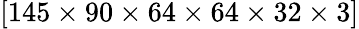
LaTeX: [145\times 90\times 64\times 64\times 32\times 3]